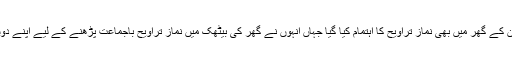
پشاور کے صحافی محمود الرحمٰن کے گھر میں بھی نماز تراویح کا اہتمام کیا گیا جہاں انہوں نے گھر کی بیٹھک میں نماز تراویح باجماعت پڑھنے کے لیے اپنے دوستوں کو بھی مدعو کر رکھا تھا۔